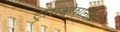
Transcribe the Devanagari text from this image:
ट्रांसओशनिक